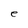
Character: e